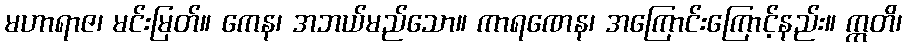
မဟာရာဇ၊ မင်းမြတ်။ ကေန၊ အဘယ်မည်သော။ ကာရဏေန၊ အကြောင်းကြောင့်နည်း။ ဣတိ၊